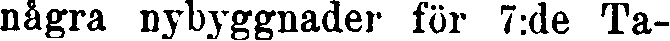
några nybyggnader för 7:de Ta-